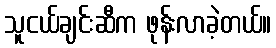
သူငယ်ချင်းဆီက ဖုန်းလာခဲ့တယ်။